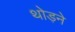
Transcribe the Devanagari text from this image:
थोड़ने